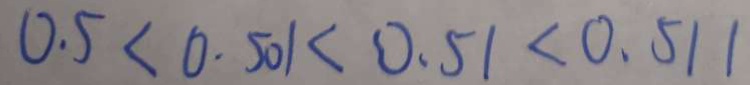
0 . 5 < 0 . 5 0 1 < 0 . 5 1 < 0 . 5 1 1